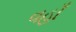
વહાઁ